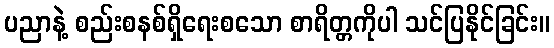
ပညာနဲ့ စည်းစနစ်ရှိရေးစသော စာရိတ္တကိုပါ သင်ပြနိုင်ခြင်း။